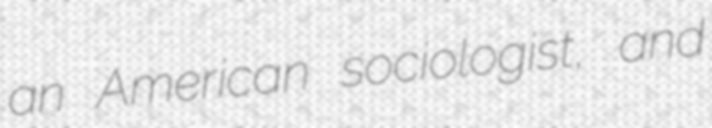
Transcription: an American sociologist, and